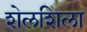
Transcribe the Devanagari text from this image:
शेलशिला